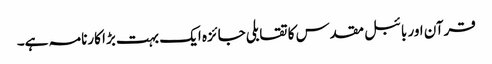
قرآن اور بائبل مقدس کا تقابلی جائزہ ایک بہت بڑا کارنامہ ہے۔